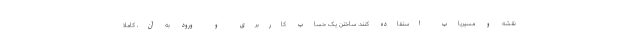
نقشه و مسیریاب استفاده کنند. ساختن یک حساب کاربری و ورود به آن، کاملا